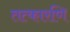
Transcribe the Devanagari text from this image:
तत्कारणि